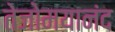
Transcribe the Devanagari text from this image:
तेजोमयानंद